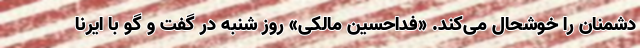
دشمنان را خوشحال می‌کند. «فداحسین مالکی» روز شنبه در گفت و گو با ایرنا